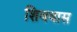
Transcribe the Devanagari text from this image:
शिववास